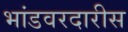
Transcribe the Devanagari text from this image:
भांडवरदारीस